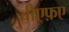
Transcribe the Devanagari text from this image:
बीएफ़ए